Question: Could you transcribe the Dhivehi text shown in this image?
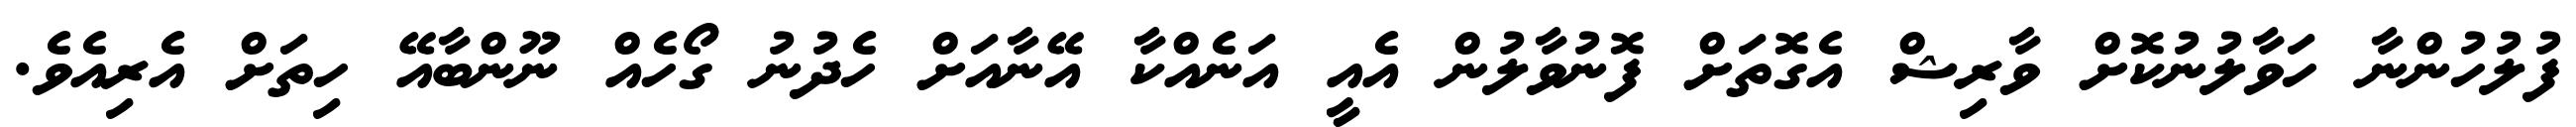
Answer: ފުލުހުންނާ ހަވާލުނުކޮށް ވާރިޝް އެގޮތަށް ފޮނުވާލުން އެއީ އަނެއްކާ އޭނާއަށް ހެދުނު ގޯހެއް ނޫންބާއޭ ހިތަށް އެރިއެވެ.